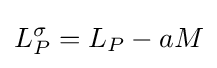
L_{P}^{\sigma }=L_{P}-a{M}